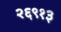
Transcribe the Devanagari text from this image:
२६९१३